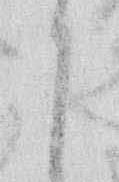
か